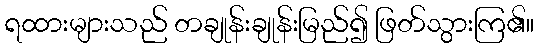
ရထားများသည် တချုန်းချုန်းမြည်၍ ဖြတ်သွားကြ၏။